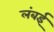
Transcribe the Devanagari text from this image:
लंबई